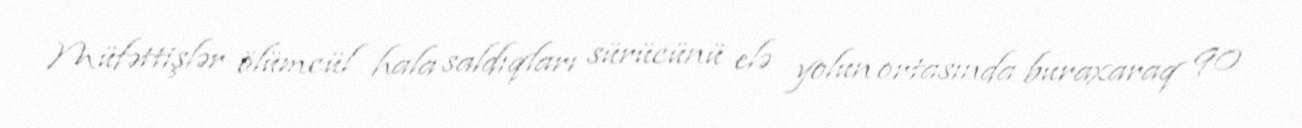
Müfəttişlər ölümcül hala saldıqları sürücünü elə yolun ortasında buraxaraq 90